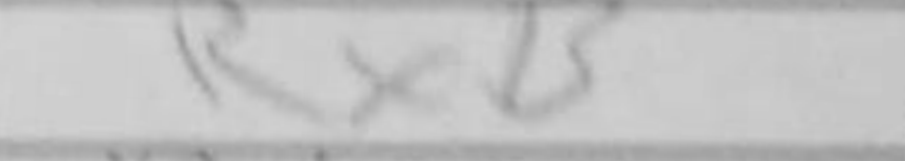
Transcription: RxB